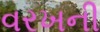
વરખની